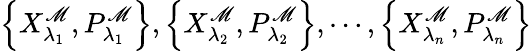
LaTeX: \left\{ X_{{\lambda}_{1}}^{\mathscr{M}},P_{{\lambda}_{1}}^{\mathscr{M}}\right\} ,\left\{ X_{{\lambda}_{2}}^{\mathscr{M}},P_{{\lambda}_{2}}^{\mathscr{M}}\right\} ,\cdots,\left\{ X_{{\lambda}_{n}}^{\mathscr{M}},P_{{\lambda}_{n}}^{\mathscr{M}}\right\}